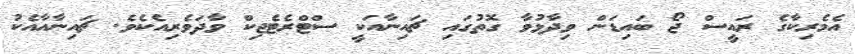
އެމެރިކާގެ ރައީސް ޖޯ ބައިޑަން ވިދާޅުވާ ގޮތުގައި ޗައިނާއަކީ ސްޓްރެޓެޖިކް ވާދަވެރިއެކެވެ. ޗައިނާއާއެކު